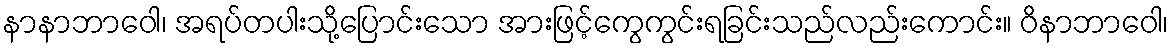
နာနာဘာဝေါ၊ အရပ်တပါးသို့ပြောင်းသော အားဖြင့်ကွေကွင်းရခြင်းသည်လည်းကောင်း။ ဝိနာဘာဝေါ၊